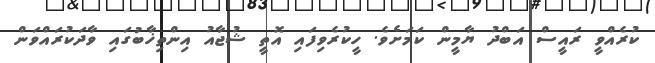
ކުރެއްވީ ރައީސް އަބްދު ޔާމީން ކަމަށެވެ. ހީކުރެވިފައި އޮތީ ޝުޖާއު އިންތިޚާބުގައި ވާދަކުރައްވަން